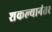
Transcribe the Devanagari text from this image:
शकल्यानंतर